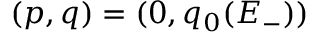
( p , q ) = ( 0 , q _ { 0 } ( E _ { - } ) )